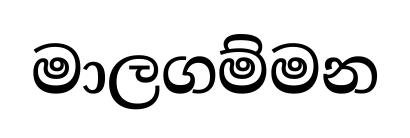
මාලගම්මන